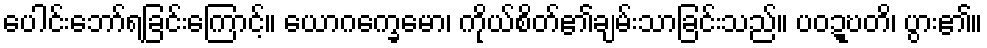
ပေါင်းဘော်ရခြင်းကြောင့်။ ယောဂက္ခေမော၊ ကိုယ်စိတ်၏ချမ်းသာခြင်းသည်။ ပဝဍ္ဎတိ၊ ပွား၏။